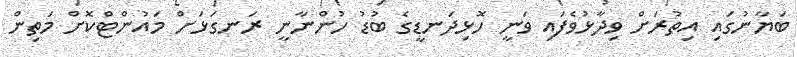
ބަޔާނުގައި އިތުރަށް ވިދާޅުވެފައި ވަނީ ހޮޅިދަނޑީގެ ބުޑު ހުންނާނީ ރަނގަޅަށް މައުންޓްކޮށް މަތިން